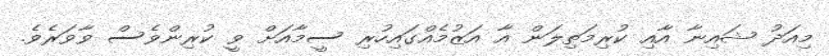
މިއަދު ޝައިނާ އާއި ކުރިމަތިލަން އާ އަޒުމެއްގައިހުރި ސީމާއަށް ވީ ކުރިންވެސް ވާވަރެވެ.